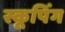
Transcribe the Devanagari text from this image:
स्कूपिंग